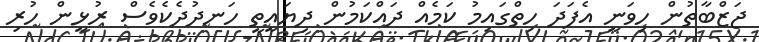
ޖަޒްބާތުން ހިވަނީ އެފަދަ ހިތްގައިމު ކަމެއް ދައްކަމުން ދިޔައީތީ ހަނދުދެކެވެސް ރުޅީން ހުރި